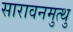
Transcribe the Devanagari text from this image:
सारावनमुत्थु